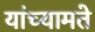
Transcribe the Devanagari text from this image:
यांच्यामते